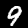
Digit: 9